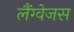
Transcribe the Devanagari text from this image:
लैंग्वेजस